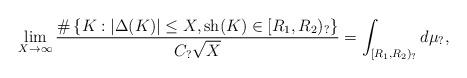
LaTeX: \begin{align*}\lim_{X\rightarrow\infty}\frac{\#\left\{K:|\Delta(K)|\leq X,\operatorname{sh}(K)\in[R_1,R_2)_?\right\}}{C_?\sqrt{X}}=\int_{[R_1,R_2)_?}d\mu_?,\end{align*}